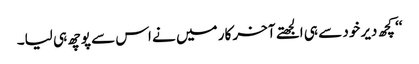
‘‘ کچھ دیر خود سے ہی الجھتے آخر کار میں نے اس سے پوچھ ہی لیا۔